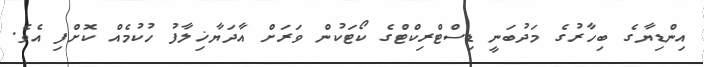
އިންޑިޔާގެ ބިހާރުގެ މަދުބަނީ ޑިސްޓްރިކްޓްގެ ކޯޓަކުން ވަރަށް އާދަޔާޚިލާފު ހުކުމެއް ކޮށްފި އެވެ.